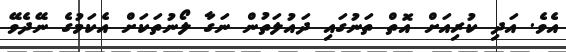
އެވެ. އަދި ކުރިއަށް އޮތް ތަނުގައި ދައުލަތުން ނަގާ ލޯނުތަކަށް އެކަމުގެ ނޭދެވޭ